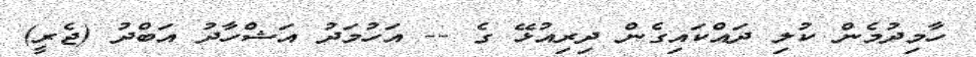
ހާމިދުމެން ކުލި ދައްކައިގެން ދިރިއުޅޭ ގެ -- އަހުމަދު އަޝްހާދު އަބްދު (ޖެރީ)